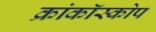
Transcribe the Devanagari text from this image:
क्रांकॉस्कोप